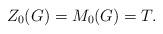
LaTeX: \begin{align*}Z_0(G)=M_0(G)=T. \end{align*}